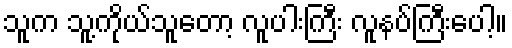
သူက သူ့ကိုယ်သူတော့ လူပါးကြီး လူနပ်ကြီးပေါ့။